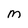
Character: m